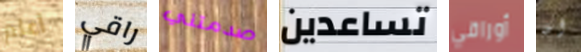
أعلم راقي صدمتني تساعدين أوراقي ان